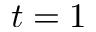
t = 1